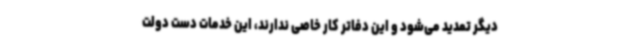
دیگر تمدید می‌شود و این دفاتر کار خاصی ندارند، این خدمات دست دولت